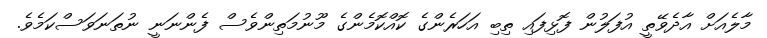
މާލެއަށް އާދެވޭތީ އުފަލުން ފޮޅިފައި ތިބި އަހަރެންގެ ކޮއްކޮމެންގެ މޫނުމަތިންވެސް ފެންނަނީ ނުތަނަވަސްކަމެވެ.